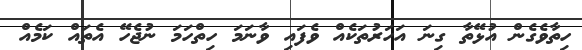
ހިތާވެގެން އުޅޭތާ ގިނަ އަހަރުތަކެއް ވެފައި ވާނަމަ ހިތްހަމަ ނުޖެހޭ އެތައް ކަމެއް